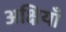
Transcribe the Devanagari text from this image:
अक्षियाँ